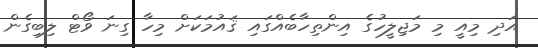
އަދި މިއީ މި މަޖިލީހުގެ އިންތިހާބެއްގައި ޤައުމަކަށް މިހާ ގިނަ ވޯޓް ލިބިގެން